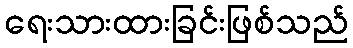
ရေးသားထားခြင်းဖြစ်သည်